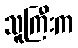
သူကြီးက